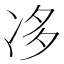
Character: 𠗄